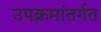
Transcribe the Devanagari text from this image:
उपक्रमांतर्गत